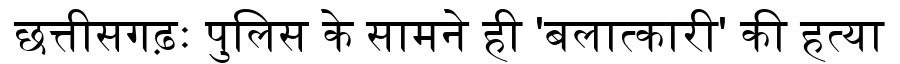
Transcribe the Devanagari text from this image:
छत्तीसगढ़ः पुलिस के सामने ही 'बलात्कारी' की हत्या